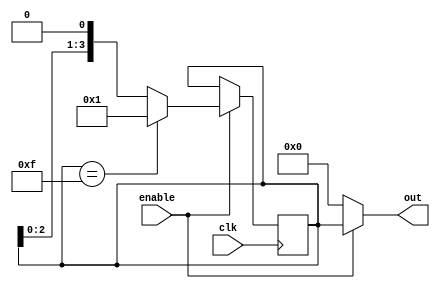
module ring_counter_enable (
    input clk, // clock signal
    input enable, // enable signal
    output reg [3:0] out // output signal
);

reg [3:0] next_state;

always @(posedge clk) begin
    if (enable) begin
        if (next_state == 4'b1111) // reset state
            next_state <= 4'b0001;
        else
            next_state <= next_state << 1;
    end
end

always @(*) begin
    if (!enable)
        out = 4'b0000; // disabled
    else
        out = next_state;
end

endmodule